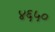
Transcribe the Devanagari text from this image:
४६५०